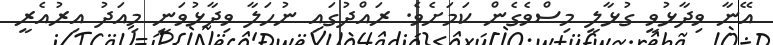
އޭނާ ވިދާޅުވީ ގުޅާލީ މިސްވެގެން ކަމަށެވެ. ރައްދުގައި ނުހަލާ ވިދާޅުވަނީ މިއަދު އިރުއެރީ